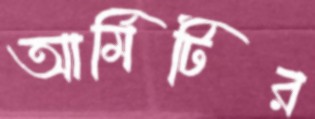
আর্মিটির